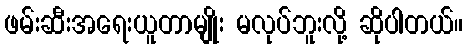
ဖမ်းဆီးအရေးယူတာမျိုး မလုပ်ဘူးလို့ ဆိုပါတယ်။